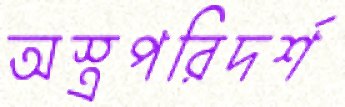
অস্ত্রপরিদর্শ